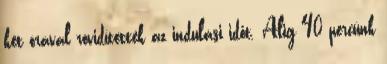
két órával rövidítették az indulási időt. Alig 40 percünk